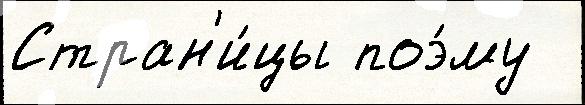
Стран'и́цы поэ́му